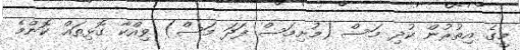
މީގެ އިތުރުން ކުދި މަސް (މުށިމަސް ފަދަ މަސް) ވިއްކާ ގޮޅިތައް ކޮންމެ